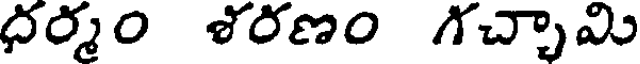
ధర్మం శరణం గచ్చామి